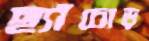
ছ্যাঁচোড়